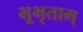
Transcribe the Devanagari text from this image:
भूभृताम्